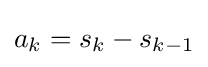
a_{k}=s_{k}-s_{k-1}